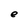
Character: e